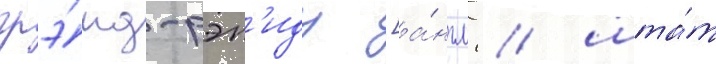
грэ́нд-рэп'идз [а́нгл. / шта́т